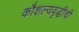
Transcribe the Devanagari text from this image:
कौशल्यवृद्धीची